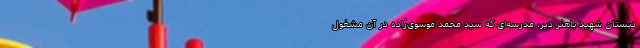
دبستان شهید باهنر دیر، مدرسه‌ای که سید محمد موسوی‌زاده در آن مشغول